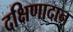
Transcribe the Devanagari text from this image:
दक्षिणादान